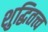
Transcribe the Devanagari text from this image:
शुद्धितत्त्व